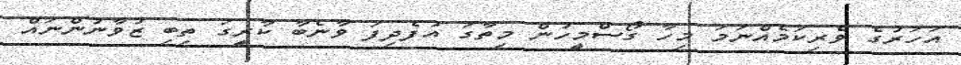
އަހަރުގެ ވެރިކަމެއްނަމަ މިހާ ގޯސްމީހުން މިތާގަ އުފެދިފަ ވާނެބާ ކާރީގަ ތިބި ޒުވާނުންނައް